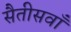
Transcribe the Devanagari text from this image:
सैतीसवाँ